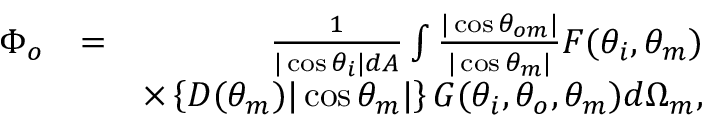
\begin{array} { r l r } { \Phi _ { o } } & { = } & { \frac { 1 } { | \cos \theta _ { i } | d A } \int \frac { | \cos \theta _ { o m } | } { | \cos \theta _ { m } | } F ( \theta _ { i } , \theta _ { m } ) } \\ & { } & { \times \left\{ D ( \theta _ { m } ) | \cos \theta _ { m } | \right\} G ( \theta _ { i } , \theta _ { o } , \theta _ { m } ) d \Omega _ { m } , } \end{array}